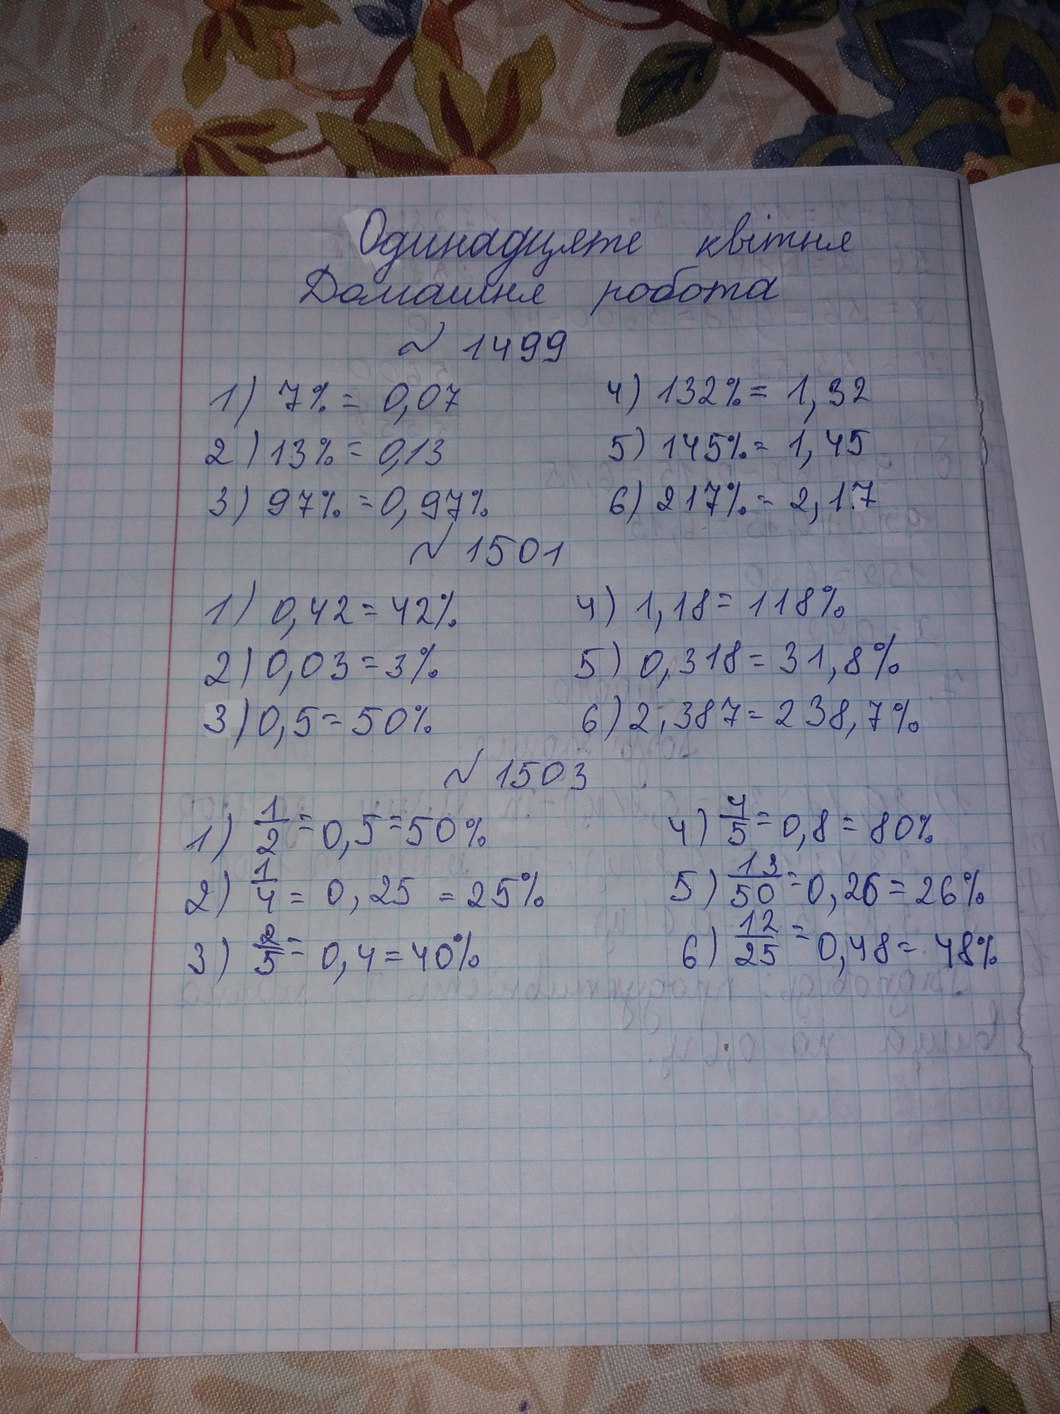
Одинадцяте квітня
Домашня робота
№ 1499
4) 132% = 1,32
1) 7% = 0,07
2) 13% = 0,13
5) 145% = 1,45
6) 217% = 2,17
3) 97% = 0,97%
№ 1501
4) 1,18 = 118%
1) 0,42 = 42%
5) 0,318 = 31,8%
2) 0,03 = 3%
6) 2,387 = 238,7%
3) 0,5 = 50%
№ 1503
4)  \frac{4}{5} = 0,8 = 80%
1) \frac{1}{2} = 0,5 = 50%
2)  \frac{1}{4}  = 0,25 = 25%
5)  \frac{13}{50}  = 0,26 = 26%
3)  \frac{2}{5}  = 0,4 = 40%
6)  \frac{12}{25}  = 0,48 = 48%